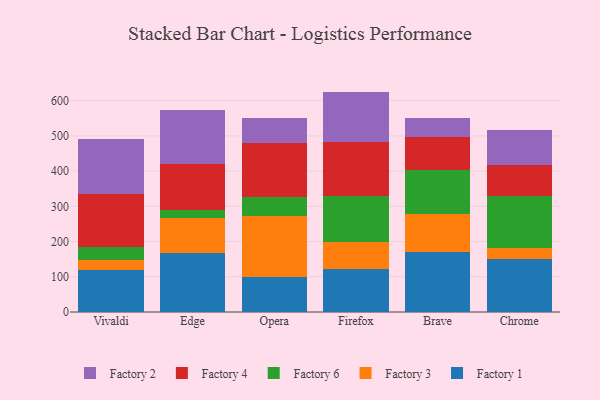
{"axis": {"x": "Browser", "y": "Budget (USD K)"}, "legend": ["Factory 1", "Factory 2", "Factory 3", "Factory 4", "Factory 6"], "data": [{"x": "Vivaldi", "y": 118.1, "type": "Factory 1"}, {"x": "Vivaldi", "y": 30.8, "type": "Factory 3"}, {"x": "Vivaldi", "y": 35.6, "type": "Factory 6"}, {"x": "Vivaldi", "y": 150.3, "type": "Factory 4"}, {"x": "Vivaldi", "y": 156.6, "type": "Factory 2"}, {"x": "Edge", "y": 167.9, "type": "Factory 1"}, {"x": "Edge", "y": 98.0, "type": "Factory 3"}, {"x": "Edge", "y": 25.0, "type": "Factory 6"}, {"x": "Edge", "y": 130.6, "type": "Factory 4"}, {"x": "Edge", "y": 153.2, "type": "Factory 2"}, {"x": "Opera", "y": 100.5, "type": "Factory 1"}, {"x": "Opera", "y": 171.5, "type": "Factory 3"}, {"x": "Opera", "y": 54.8, "type": "Factory 6"}, {"x": "Opera", "y": 153.8, "type": "Factory 4"}, {"x": "Opera", "y": 71.2, "type": "Factory 2"}, {"x": "Firefox", "y": 123.2, "type": "Factory 1"}, {"x": "Firefox", "y": 76.4, "type": "Factory 3"}, {"x": "Firefox", "y": 128.7, "type": "Factory 6"}, {"x": "Firefox", "y": 155.0, "type": "Factory 4"}, {"x": "Firefox", "y": 142.4, "type": "Factory 2"}, {"x": "Brave", "y": 170.2, "type": "Factory 1"}, {"x": "Brave", "y": 108.3, "type": "Factory 3"}, {"x": "Brave", "y": 124.7, "type": "Factory 6"}, {"x": "Brave", "y": 92.4, "type": "Factory 4"}, {"x": "Brave", "y": 53.9, "type": "Factory 2"}, {"x": "Chrome", "y": 150.4, "type": "Factory 1"}, {"x": "Chrome", "y": 31.2, "type": "Factory 3"}, {"x": "Chrome", "y": 148.7, "type": "Factory 6"}, {"x": "Chrome", "y": 87.7, "type": "Factory 4"}, {"x": "Chrome", "y": 98.4, "type": "Factory 2"}]}